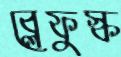
ব্লেফুস্ক